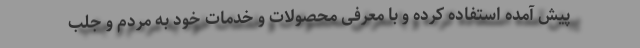
پیش آمده استفاده کرده و با معرفی محصولات و خدمات خود به مردم و جلب